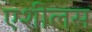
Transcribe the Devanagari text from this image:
एशीलस